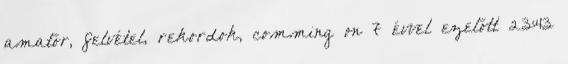
amatőr, felvétel, rekordok, comming on 7 évvel ezelőtt 23:43